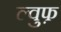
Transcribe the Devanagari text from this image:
ल्वुफ़